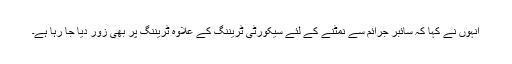
انہوں نے کہا کہ سائبر جرائم سے نمٹنے کے لئے سیکورٹی ٹریننگ کے علاوہ ٹریننگ پر بھی زور دیا جا رہا ہے۔